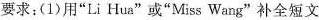
要求；(1)用”Li Hua”或”Miss Wang”补全短文